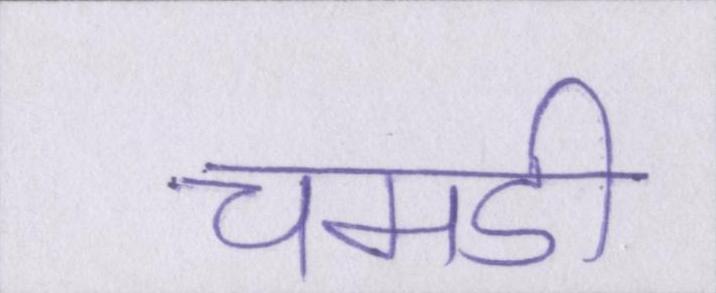
चमडी